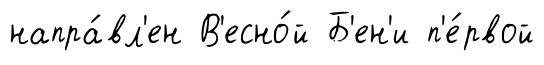
напра́вл'ен В'есно́й Б'ен'и п'е́рвой